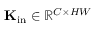
\mathbf { K } _ { \mathrm { i n } } \in \mathbb { R } ^ { C \times H W }